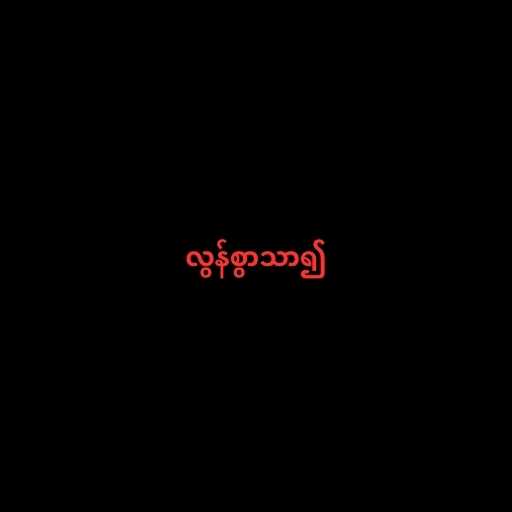
လွန်စွာသာ၍